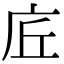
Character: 𢇹